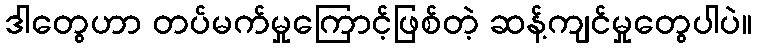
ဒါတွေဟာ တပ်မက်မှုကြောင့်ဖြစ်တဲ့ ဆန့်ကျင်မှုတွေပါပဲ။